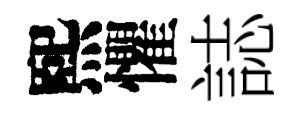
熙懼誌